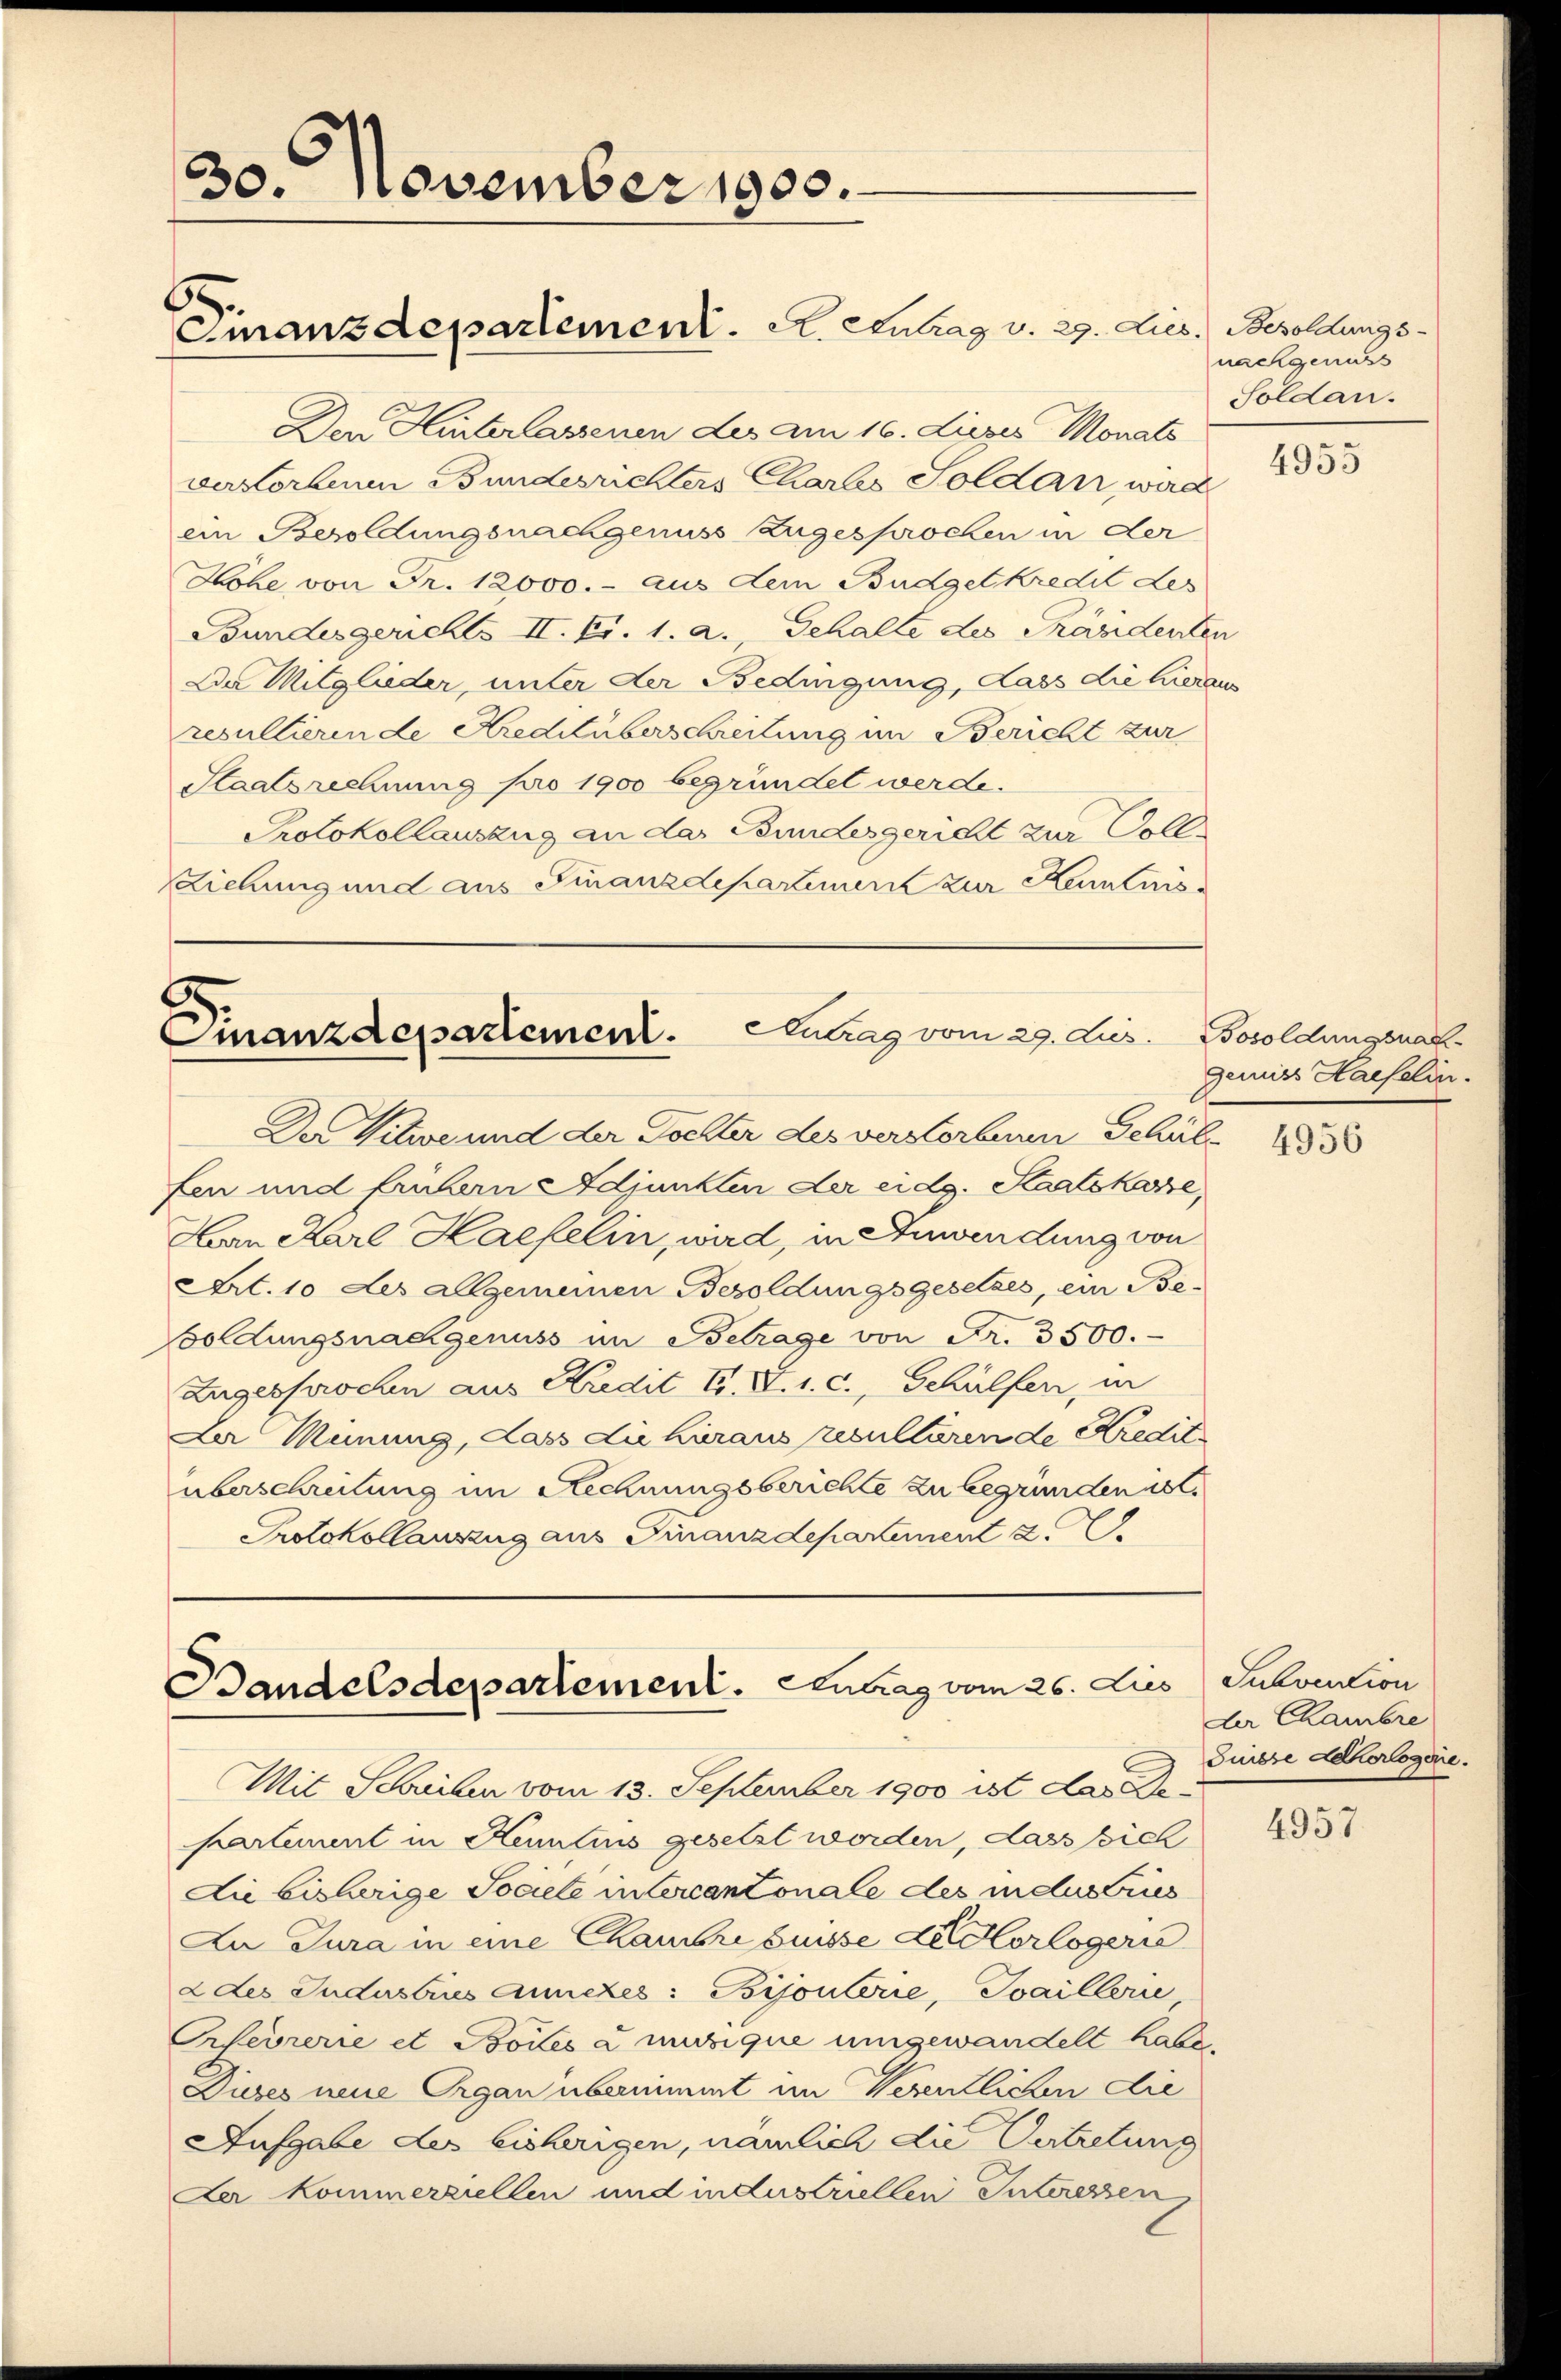
30. November 1900.
Finanzdepartement. A. Antrag v. 29. Lieb. Besoldungs¬

Den Hinterlassenen des am 16. Dieser Monats
verstorbenen Bundesrichters Chartes Soldan wird
ein Besoldungsnachgenuss zugesprochen in der
Hohe, von Fr. 12000.- aus dem Budgetkredit des
Bundesgerichts II. Zi. 1. a. Gehalte des Präsidenten
Da Mitglieder, unter der Bedingung, dass die hieraus
resultierende Kreditüberschreitung im Bericht zur
Staatsrechnung pro 1900 begründet werde.
Protokollauszug an das Bundesgericht zur Voll¬
Ziehung und aus Finanzdepartement zur Kenntnis

Finanzdepartement. Antrag vom 29. Jus
Der Witwe und der Tochter des verstorbenen Schul

fen und frühern Adjunkten der eidg. Staatskasse,
Han Karl Haefelin, wird, in Anwendung von
Art. 10 des allgemeinen Besoldungsgesetzes, ein Be¬
Boldungsnachgenuss im Betrage von Fr. 3500.
Zugesprochen aus Kredit G. V. 1. c., Schülfen, in
Da Meinung, dass die heraus ricultärende Kredite
überschreibung im Rechnungsberichte zu begründen ist.
Protokollauszug aus Finanzdepartement z

Bandelsdepartement. Antrag vom 26. Jus

Mit Schreiben vom 13. September 1900 ist das Departement in Kenntnis gesetzt worden, dass sich
Die bisherige Societe in Cercantonale des industries
Zu Jura in eine Chambribuisse dellorlogerre
2 des Industris annezes: Bijouterie, Joaillerie
Orfevrerie et Bolles a mudrique umgewandelt habe.
Dieses neue Organ übernimmt im Wesentlichen die
Ausgabe des bisherigen, nämlich die Vertretung
Der Kommerziellen und industriellen Interessen

nachgenuss
Soldau.

4955

Bosoldungsnac
gemiss Haefelin.

4956

Subvention
der Chambre
Suisse Ackerlogie.

4957